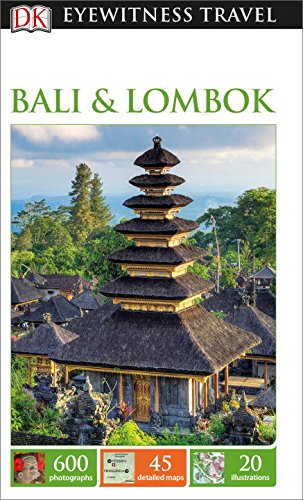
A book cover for DK Eyewitness Travel Guide: Bali & Lombok; DK Publishing; Travel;